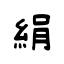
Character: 絹